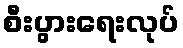
စီးပွားရေးလုပ်